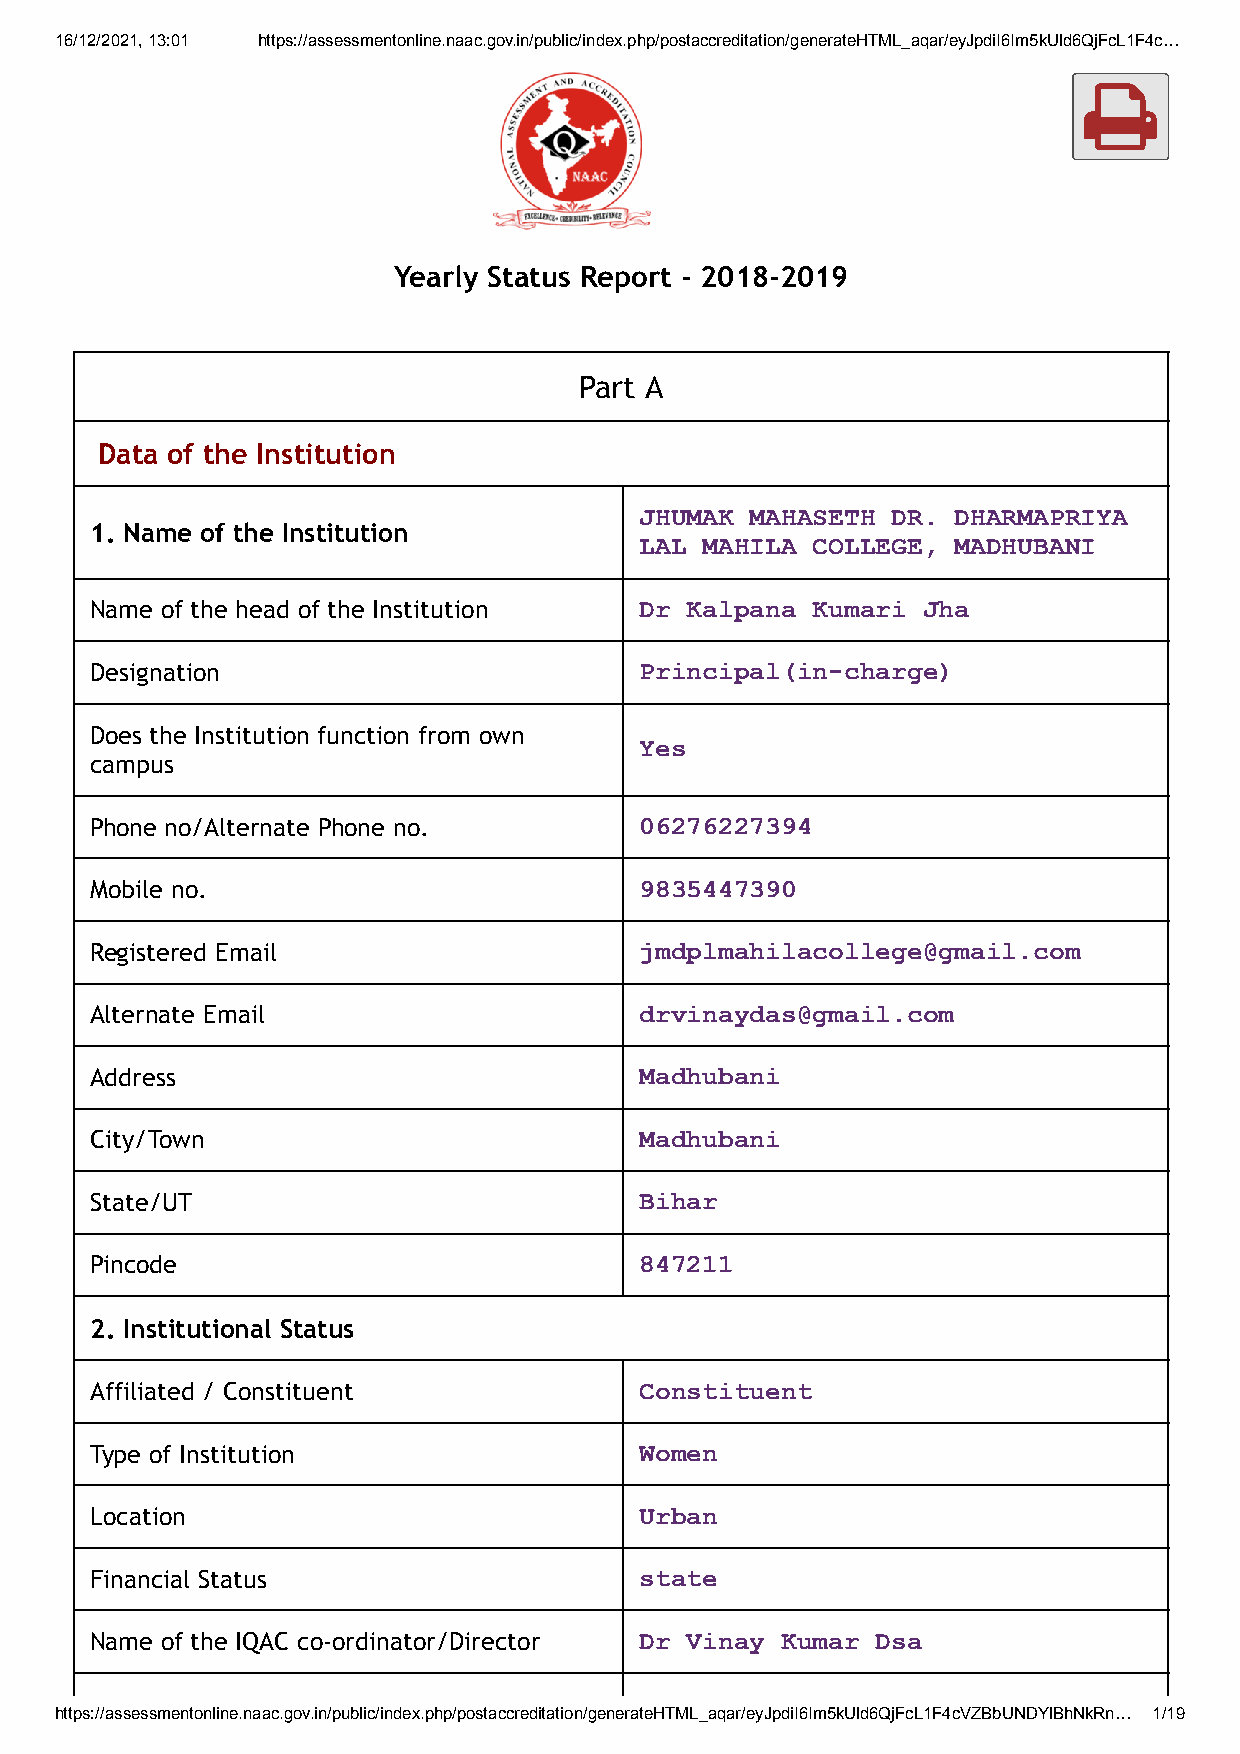
16/12/2021, 13:01 https://assessmentonline.naac.gov.in/public/index.php/postaccreditation/generateHTML_aqar/eyJpdiI6Im5kUld6QjFcL1F4c…
 
 Yearly Status Report - 2018-2019
 Part A
 Data of the Institution
 JHUMAK  MAHASETH DR. DHARMAPRIYA
 1. Name of the Institution
 LAL MAHILA  COLLEGE, MADHUBANI
 Name of the head of the Institution Dr Kalpana  Kumari Jha
 Designation                         Principal(in-charge)
 Does the Institution function from own
 Yes
 campus
 Phone no/Alternate Phone no.        06276227394
 Mobile no.                          9835447390
 Registered Email                    jmdplmahilacollege@gmail.com
 Alternate Email                     drvinaydas@gmail.com
 Address                             Madhubani
 City/Town                           Madhubani
 State/UT                            Bihar
 Pincode                             847211
 2. Institutional Status
 Affiliated / Constituent            Constituent
 Type of Institution                 Women
 Location                            Urban
 Financial Status                    state
 Name of the IQAC co-ordinator/Director Dr Vinay Kumar Dsa
 https://assessmentonline.naac.gov.in/public/index.php/postaccreditation/generateHTML_aqar/eyJpdiI6Im5kUld6QjFcL1F4cVZBbUNDYlBhNkRn… 1/19